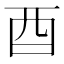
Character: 酉